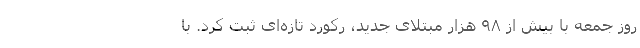
روز جمعه با بیش از ۹۸ هزار مبتلای جدید، رکورد تازه‌ای ثبت کرد. با